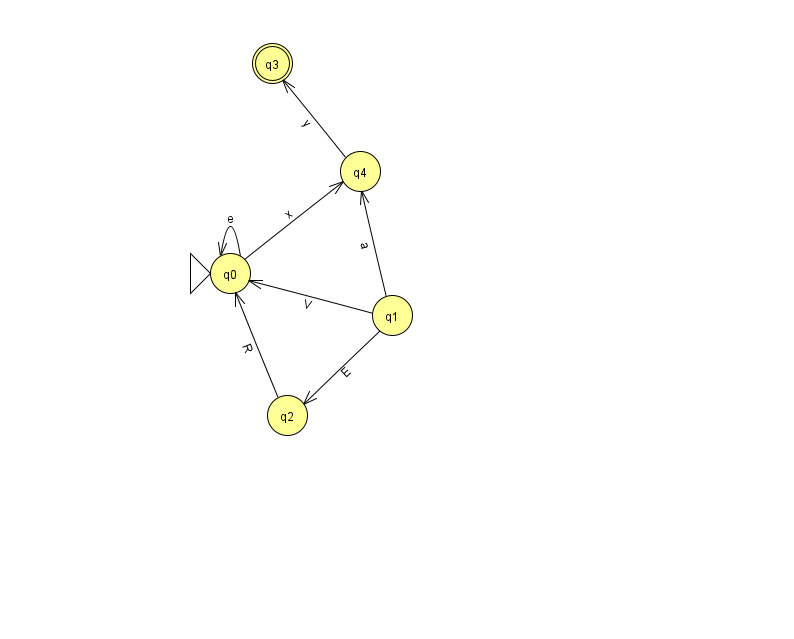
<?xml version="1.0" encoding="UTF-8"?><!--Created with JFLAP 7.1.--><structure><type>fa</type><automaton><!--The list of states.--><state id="0" name="q0"><x>230.0</x><y>260.0</y><initial/></state><state id="1" name="q1"><x>392.0</x><y>302.0</y></state><state id="2" name="q2"><x>287.0</x><y>402.0</y></state><state id="3" name="q3"><x>272.0</x><y>50.0</y><final/></state><state id="4" name="q4"><x>360.0</x><y>158.0</y></state><!--The list of transitions.--><transition><from>1</from><to>2</to><read>E</read></transition><transition><from>4</from><to>3</to><read>y</read></transition><transition><from>2</from><to>0</to><read>R</read></transition><transition><from>0</from><to>0</to><read>e</read></transition><transition><from>1</from><to>0</to><read>V</read></transition><transition><from>1</from><to>4</to><read>a</read></transition><transition><from>0</from><to>4</to><read>x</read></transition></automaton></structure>